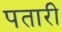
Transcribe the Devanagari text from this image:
पतारी